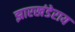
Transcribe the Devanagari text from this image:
झारखंडेराय